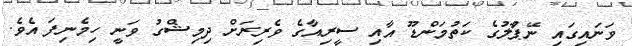
ވަނައިގައި ނޭޕާުލުގެ ކަތުމަންޑޫ އާއި ސީރިއާގެ ވެރިރަށް ދިމިޝްގު ވަނީ ހިމެނިފަ އެވެ.